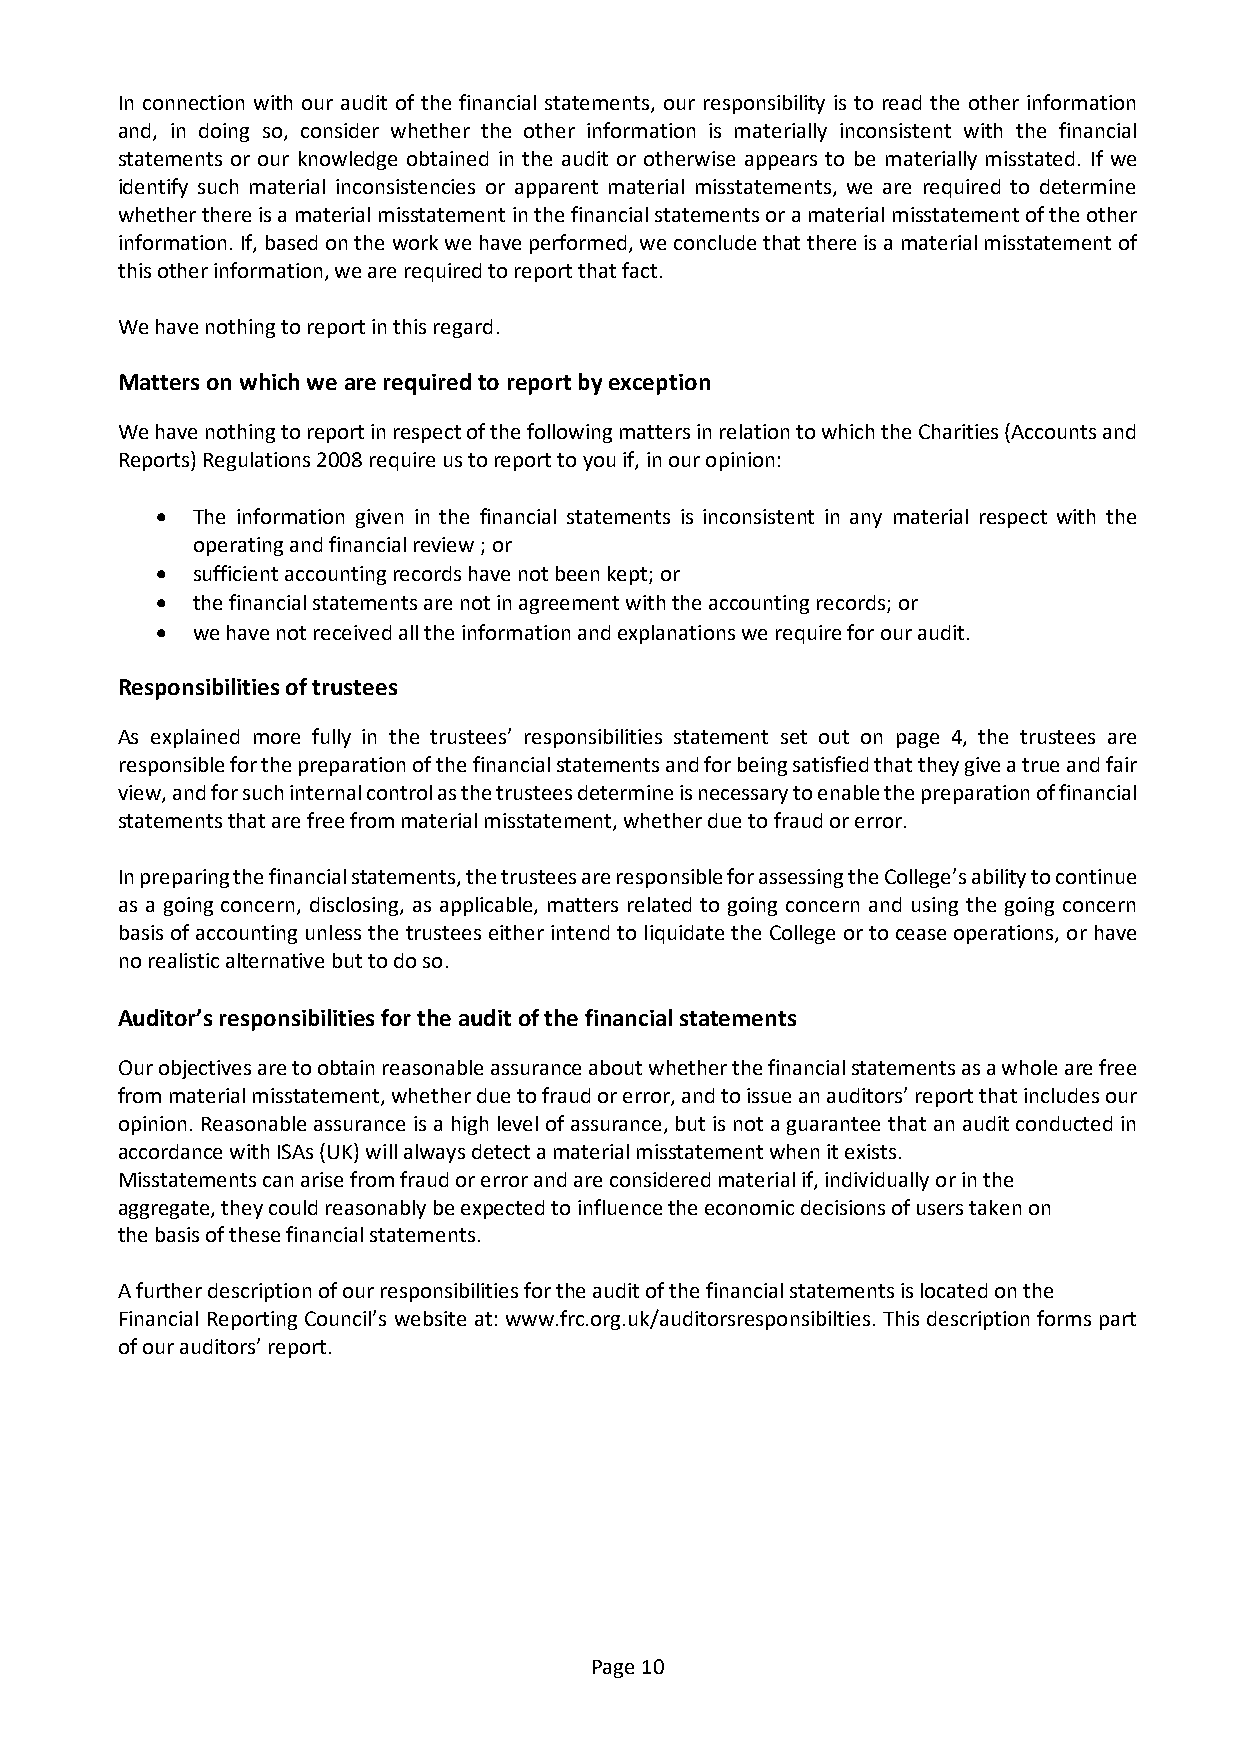
In connection with our audit of the financial statements, our responsibility is to read the other information
 and, in doing so, consider whether the other information is materially inconsistent with the financial
 statements or our knowledge obtained in the audit or otherwise appears to be materially misstated. If we
 identify such material inconsistencies or apparent material misstatements, we are required to determine
 whether there is a material misstatement in the financial statements or a material misstatement of the other
 information. If, based on the work we have performed, we conclude that there is a material misstatement of
 this other information, we are required to report that fact.
 We have nothing to report in this regard.
 Matters on which we are required to report by exception
 We have nothing to report in respect of the following matters in relation to which the Charities (Accounts and
 Reports) Regulations 2008 require us to report to you if, in our opinion:
 •  The information given in the financial statements is inconsistent in any material respect with the
 operating and financial review ; or
 •  sufficient accounting records have not been kept; or
 •  the financial statements are not in agreement with the accounting records; or
 •  we have not received all the information and explanations we require for our audit.
 Responsibilities of trustees
 As explained more fully in the trustees’ responsibilities statement set out on page 4, the trustees are
 responsible for the preparation of the financial statements and for being satisfied that they give a true and fair
 view, and for such internal control as the trustees determine is necessary to enable the preparation of financial
 statements that are free from material misstatement, whether due to fraud or error.
 In preparing the financial statements, the trustees are responsible for assessing the College’s ability to continue
 as a going concern, disclosing, as applicable, matters related to going concern and using the going concern
 basis of accounting unless the trustees either intend to liquidate the College or to cease operations, or have
 no realistic alternative but to do so.
 Auditor’s responsibilities for the audit of the financial statements
 Our objectives are to obtain reasonable assurance about whether the financial statements as a whole are free
 from material misstatement, whether due to fraud or error, and to issue an auditors’ report that includes our
 opinion. Reasonable assurance is a high level of assurance, but is not a guarantee that an audit conducted in
 accordance with ISAs (UK) will always detect a material misstatement when it exists.
 Misstatements can arise from fraud or error and are considered material if, individually or in the
 aggregate, they could reasonably be expected to influence the economic decisions of users taken on
 the basis of these financial statements.
 A further description of our responsibilities for the audit of the financial statements is located on the
 Financial Reporting Council’s website at: www.frc.org.uk/auditorsresponsibilties. This description forms part
 of our auditors’ report.
 Page 10